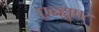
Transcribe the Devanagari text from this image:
एन्ह्युषर